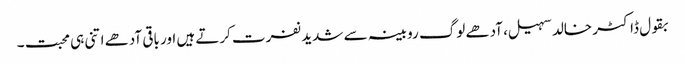
بقول ڈاکٹر خالد سہیل، آدھے لوگ روبینہ سے شدید نفرت کرتے ہیں اور باقی آدھے اتنی ہی محبت ۔